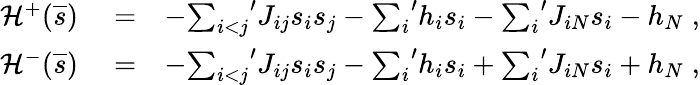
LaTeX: \begin{array}{rlr}{{\cal H}^{+}(\overline{{s}})}&{{}=}&{-{\sum_{i<j}}^{\prime}J_{ij}s_{i}s_{j}-{\sum_{i}}^{\prime}h_{i}s_{i}-{\sum_{i}}^{\prime}J_{iN}s_{i}-h_{N}\; ,}\\ {{\cal H}^{-}(\overline{{s}})}&{{}=}&{-{\sum_{i<j}}^{\prime}J_{ij}s_{i}s_{j}-{\sum_{i}}^{\prime}h_{i}s_{i}+{\sum_{i}}^{\prime}J_{iN}s_{i}+h_{N}\; ,}\end{array}